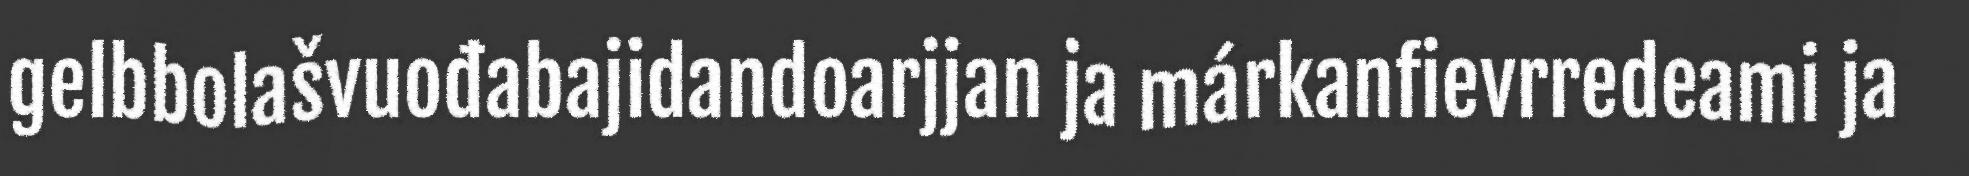
gelbbolašvuođabajidandoarjjan ja márkanfievrredeami ja